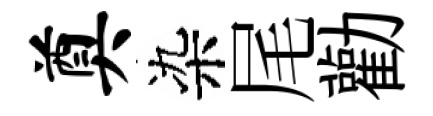
奠染尾勸